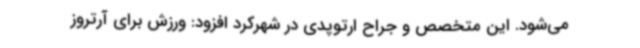
می‌شود. این متخصص و جراح ارتوپدی در شهرکرد افزود: ورزش برای آرتروز